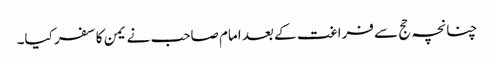
چنانچہ حج سے فراغت کے بعد امام صاحب نے یمن کا سفر کیا۔